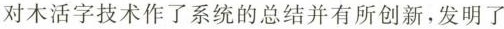
对木活字技术作了系统的总结并有所创新，发明了